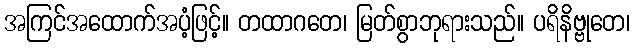
အကြင်အထောက်အပံ့ဖြင့်။ တထာဂတေ၊ မြတ်စွာဘုရားသည်။ ပရိနိဗ္ဗုတေ၊